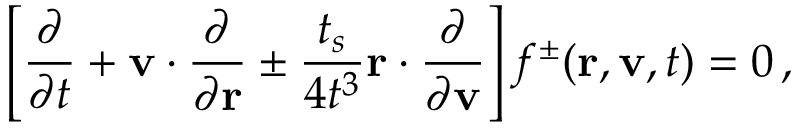
\left[ \frac { \partial } { \partial t } + { \bf v } \cdot \frac { \partial } { \partial { \bf r } } \pm \frac { t _ { s } } { 4 t ^ { 3 } } { \bf r } \cdot \frac { \partial } { \partial { \bf v } } \right] f ^ { \pm } ( { \bf r } , { \bf v } , t ) = 0 \, ,